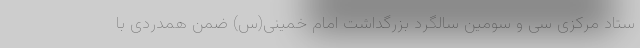
ستاد مرکزی سی و سومین سالگرد بزرگداشت امام خمینی(س) ضمن همدردی با